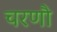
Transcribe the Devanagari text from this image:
चरणौ